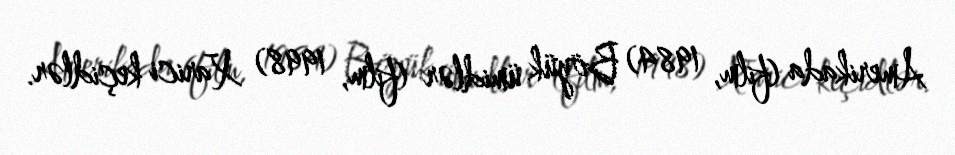
Amerikada (film, 1984) Böyük ümidlər (film, 1998) Xarici keçidlər.